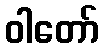
ဝါတော်